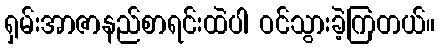
ရှမ်းအာဇာနည်စာရင်းထဲပါ ဝင်သွားခဲ့ကြတယ်။